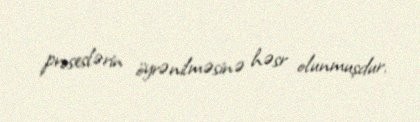
proseslərin öyrənilməsinə həsr olunmuşdur.